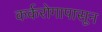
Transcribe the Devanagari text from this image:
कर्करोगापासून